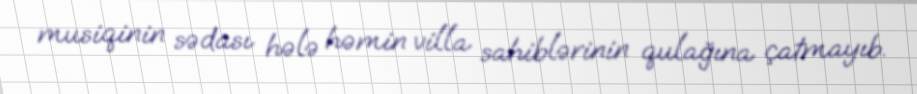
musiqinin sədası hələ həmin villa sahiblərinin qulağına çatmayıb.